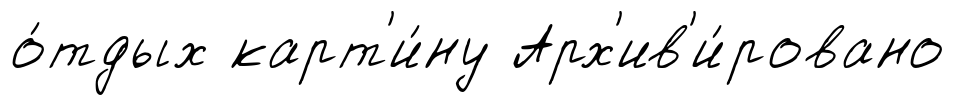
о́тдых карт'и́ну Арх'ив'и́ровано